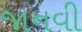
જાનવી